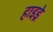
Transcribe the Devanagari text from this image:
हाइड्रे